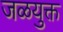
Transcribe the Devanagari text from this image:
जळयुक्त